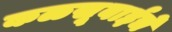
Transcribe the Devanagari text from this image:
कळसूबाईचे